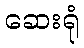
ဆေးရုံ